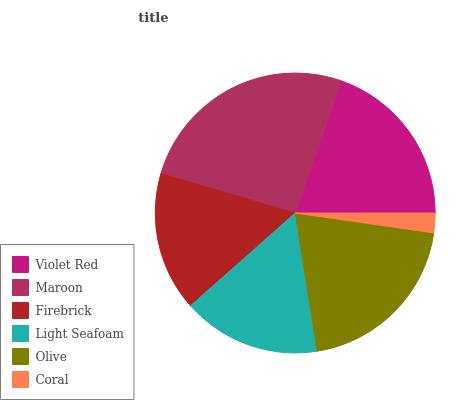
| Violet Red | Maroon | Firebrick | Light Seafoam | Olive | Coral |
 | --- | --- | --- | --- | --- | --- |
 | 19.7% | 25.8% | 16.1% | 15.9% | 20.2% | 2.26% |